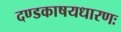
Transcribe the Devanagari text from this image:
दण्डकाषयधारणः